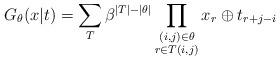
LaTeX: \begin{align*}G_{\theta }(x|t)=\sum_{T}\beta ^{|T|-|\theta |}\prod_{\substack{ (i,j)\in\theta \\ r\in T(i,j)}}x_{r}\oplus t_{r+j-i} \end{align*}